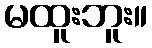
မထူးဘူး။